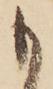
も